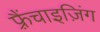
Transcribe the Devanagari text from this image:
फ़्रैंचाइज़िंग